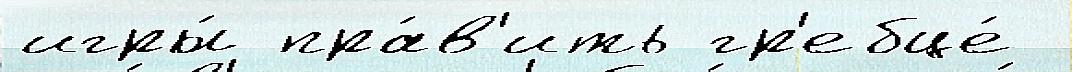
игры́ пра́в'ить гр'ебце́